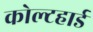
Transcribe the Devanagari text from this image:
कोल्टहार्ड